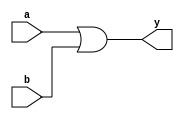
module or_gate_behavioral (
       input wire a,
       input wire b,
       output wire y
   );
       assign y = a || b; 
   endmodule